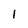
Character: 1